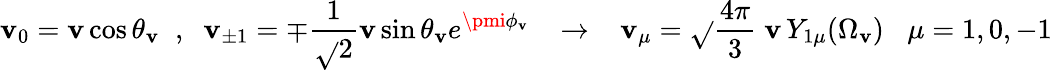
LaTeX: \mathbf{v}_{0}=\mathbf{v}\cos\theta_{\mathbf{v}}\; \; ,\; \; \mathbf{v}_{\pm1}=\mp\frac{{1}}{{\sqrt{}{{2}}}}\mathbf{v}\sin\theta_{\mathbf{v}}e^{\pmi\phi_{\mathbf{v}}}\; \; \; \to\; \; \; \mathbf{v}_{\mu}=\sqrt{}{{\frac{{4\pi}}{{3}}}}\; \mathbf{v}\, Y_{1\mu}(\Omega_{\mathbf{v}})\; \; \; \mu=1,0,-1